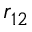
r _ { 1 2 }